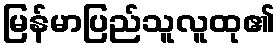
မြန်မာပြည်သူလူထု၏